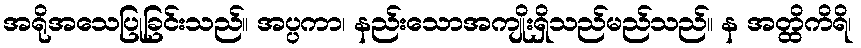
အရိုအသေပြုခြင်းသည်။ အပ္ပကာ၊ နည်းသောအကျိုးရှိသည်မည်သည်။ န အတ္ထိကိရိ၊